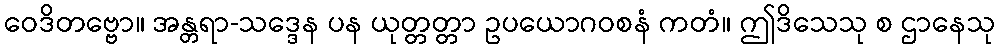
ဝေဒိတဗ္ဗော။ အန္တရာ-သဒ္ဒေန ပန ယုတ္တတ္တာ ဥပယောဂဝစနံ ကတံ။ ဤဒိသေသု စ ဌာနေသု